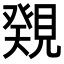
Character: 𧡫